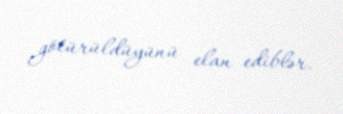
götürüldüyünü elan ediblər.